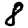
Digit: 8